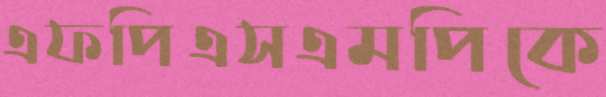
এফপিএসএমপিকে